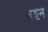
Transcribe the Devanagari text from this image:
सट्टन